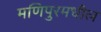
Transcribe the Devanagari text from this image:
मणिपुरमधील